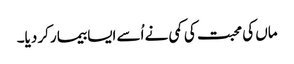
ماں کی محبت کی کمی نے اُسے ایسا بیما رکر دیا۔